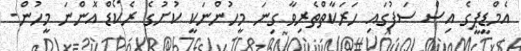
އެމްޑީޕީގެ އިސް ސަފުގައި ހަރަކާތްތެރިވާ ގިނަ މީހުންނަކީ ކުށުގެ ރެކޯޑް އޮންނަ މީހުން-